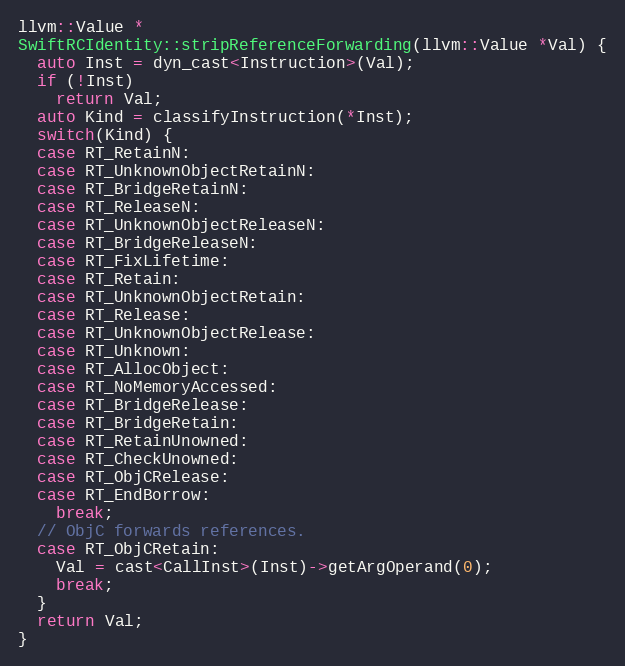
Language: C++
llvm::Value *
SwiftRCIdentity::stripReferenceForwarding(llvm::Value *Val) {
  auto Inst = dyn_cast<Instruction>(Val);
  if (!Inst)
    return Val;
  auto Kind = classifyInstruction(*Inst);
  switch(Kind) {
  case RT_RetainN:
  case RT_UnknownObjectRetainN:
  case RT_BridgeRetainN:
  case RT_ReleaseN:
  case RT_UnknownObjectReleaseN:
  case RT_BridgeReleaseN:
  case RT_FixLifetime:
  case RT_Retain:
  case RT_UnknownObjectRetain:
  case RT_Release:
  case RT_UnknownObjectRelease:
  case RT_Unknown:
  case RT_AllocObject:
  case RT_NoMemoryAccessed:
  case RT_BridgeRelease:
  case RT_BridgeRetain:
  case RT_RetainUnowned:
  case RT_CheckUnowned:
  case RT_ObjCRelease:
  case RT_EndBorrow:
    break;
  // ObjC forwards references.
  case RT_ObjCRetain:
    Val = cast<CallInst>(Inst)->getArgOperand(0);
    break;
  }
  return Val;
}